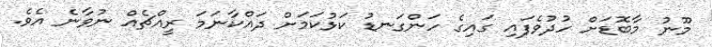
މޫނު މާބޮޑަށް ހުދުވެފައި ގައިގެ ހަންގަނޑު ކަޅުކަމަށް ދައްކާނަމަ ރީއްޗެއް ނުވާނެ އެވެ.